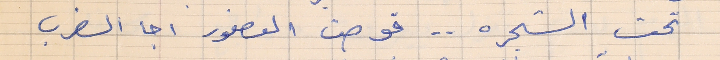
تحت الشجره . . قوصت العصفور اجا الضرب